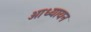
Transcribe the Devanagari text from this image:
आध्यायन